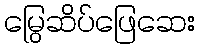
မြွေဆိပ်ဖြေဆေး